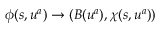
\phi ( s , u ^ { a } ) \rightarrow \left( B ( u ^ { a } ) , \chi ( s , u ^ { a } ) \right)